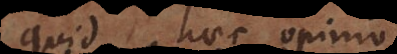
quid haec o